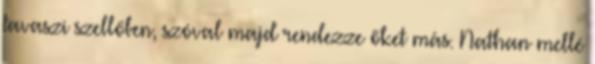
tavaszi szellőben, szóval majd rendezze őket más. Nathan mellé